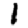
Digit: 1